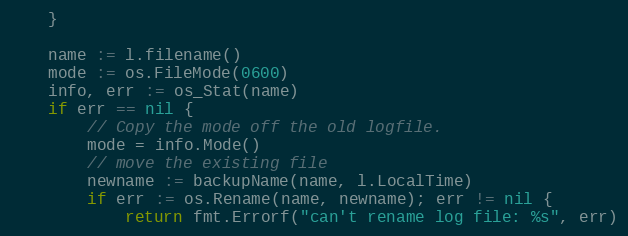
Language: Go
	}

	name := l.filename()
	mode := os.FileMode(0600)
	info, err := os_Stat(name)
	if err == nil {
		// Copy the mode off the old logfile.
		mode = info.Mode()
		// move the existing file
		newname := backupName(name, l.LocalTime)
		if err := os.Rename(name, newname); err != nil {
			return fmt.Errorf("can't rename log file: %s", err)